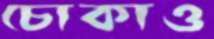
চোকাও